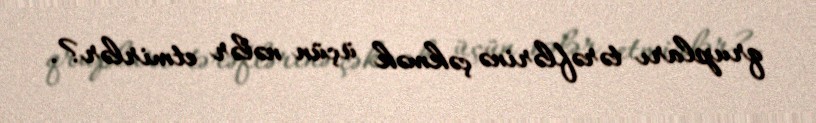
qrupları tərəflərinə çəkmək üçün nələr etmirlər?.